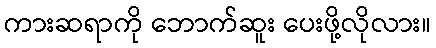
ကားဆရာကို ဘောက်ဆူး ပေးဖို့လိုလား။